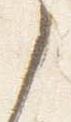
之